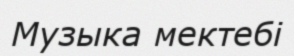
Музыка мектебі